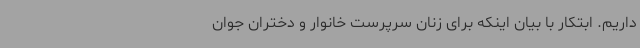
داریم. ابتکار با بیان اینکه برای زنان سرپرست خانوار و دختران جوان